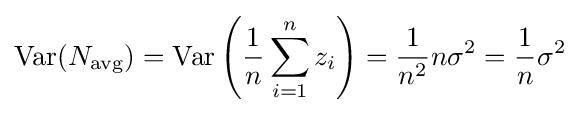
\mathrm {Var} (N_{\text{avg}})=\mathrm {Var} \left({\frac {1}{n}}\sum _{i=1}^{n}z_{i}\right)={\frac {1}{n^{2}}}n\sigma ^{2}={\frac {1}{n}}\sigma ^{2}